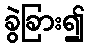
ခွဲခြား၍